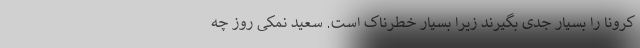
کرونا را بسیار جدی بگیرند زیرا بسیار خطرناک است. سعید نمکی روز چه